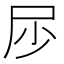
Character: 𱚳